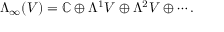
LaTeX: \Lambda _ { \infty } ( V ) = \mathbb { C } \oplus \Lambda ^ { 1 } V \oplus \Lambda ^ { 2 } V \oplus \cdots .